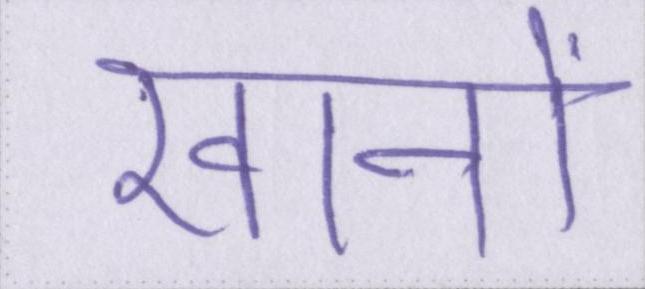
खानों